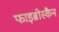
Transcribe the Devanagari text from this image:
फाइब्रोस्कैन